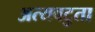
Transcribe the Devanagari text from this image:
अत्यवटुता